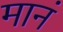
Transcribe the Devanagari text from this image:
मानं